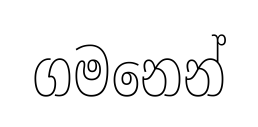
ගමනෙන්